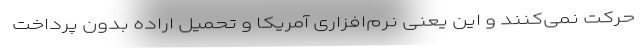
حرکت نمی‌کنند و این یعنی نرم‌افزاری آمریکا و تحمیل اراده بدون پرداخت